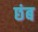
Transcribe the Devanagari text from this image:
छंब